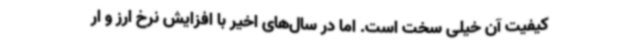
کیفیت آن خیلی سخت است. اما در سال‌های اخیر با افزایش نرخ ارز و ار